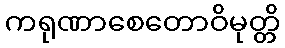
ကရုဏာစေတောဝိမုတ္တိ